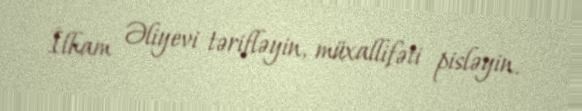
İlham Əliyevi tərifləyin, müxallifəti pisləyin.